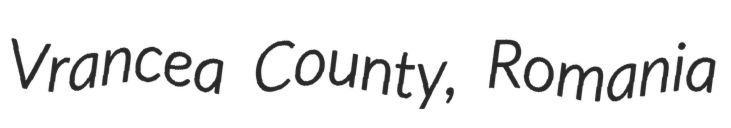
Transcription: Vrancea County, Romania